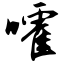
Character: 嚯